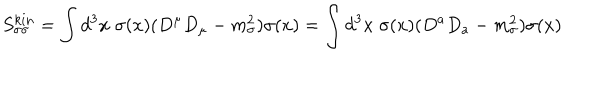
LaTeX: S _ { \sigma \sigma } ^ { k i n } = \int d ^ { 3 } x \; \sigma ( x ) ( D ^ { \mu } D _ { \mu } - m _ { \sigma } ^ { 2 } ) \sigma ( x ) = \int d ^ { 3 } x \; \sigma ( x ) ( D ^ { a } D _ { a } - m _ { \sigma } ^ { 2 } ) \sigma ( x )